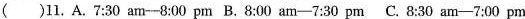
（）11. A. 7:30 am--8:00 pm B.8:00 am--7:30 pm C.8:30 am--7:00pm